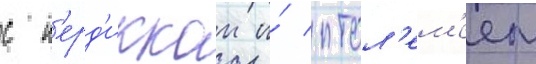
с п'ерд'иккои и́ птол'ем'еем